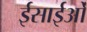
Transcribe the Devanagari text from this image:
ईसाईओं